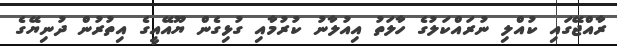
ރާއްޖޭގައި ކުއްލި ނުރައްކަލުގެ ހާލަތު އިއުލާނު ކުރުމާއި ގުޅިގެން ޔޫއޭއީގެ އިތުރުން ދުނިޔޭގެ